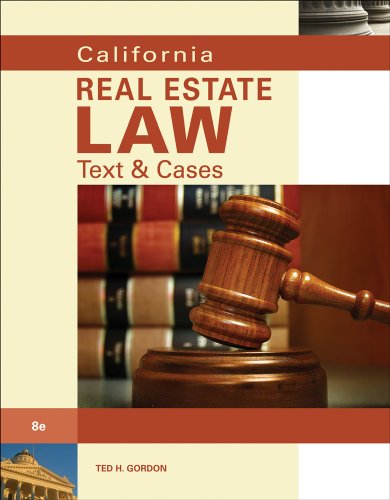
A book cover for California Real Estate Law: Text & Cases; Theodore H. Gordon; Business & Money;